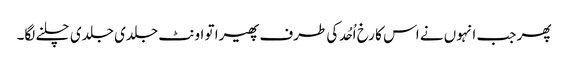
پھر جب انہوں نے اس کا رخ اُحُد کی طرف پھیرا تو اونٹ جلدی جلدی چلنے لگا۔